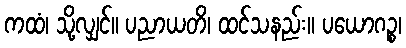
ကထံ၊ သို့လျှင်။ ပညာယတိ၊ ထင်သနည်း။ ပယောဂဉ္စ၊